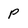
Character: P